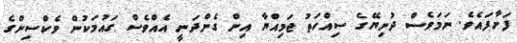
ފަށާފައެވެ. ނަމަވެސް ދުނިޔޭގެ ސިއްހަތު ޖަމިއްޔާ އިން ގެންދަނީ އެއްވެސް ގައުމަކުން ވެކްސިންގެ